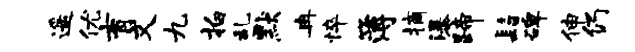
遥优育文九拍乱默冉悴簿摘瀑蹄髫碑伸仍